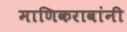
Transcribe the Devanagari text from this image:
माणिकरावांनी